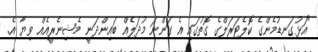
"އަޅުގަނޑުމެންގެ ކޮލެޓަރަލްގެ ގޮތުގައި އެ ގަންނަ މުދަލެއް ބައިންދަނީ މެޝިނެރީއެއް ވިޔާ އެ.